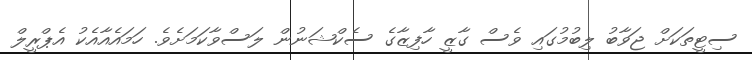
ސިޓީތަކަށް ޖަވާބު ލިބުމުގައި ވެސް ގާޒީ ހާފިޒާގެ ސެކްޝަނުން ލަސްވާކަމަށެވެ. ހަމައެއާއެކު އެޕްރީލް